Leaving Certificate Examination (including Day School Certificate (Higher) General paper), 1930
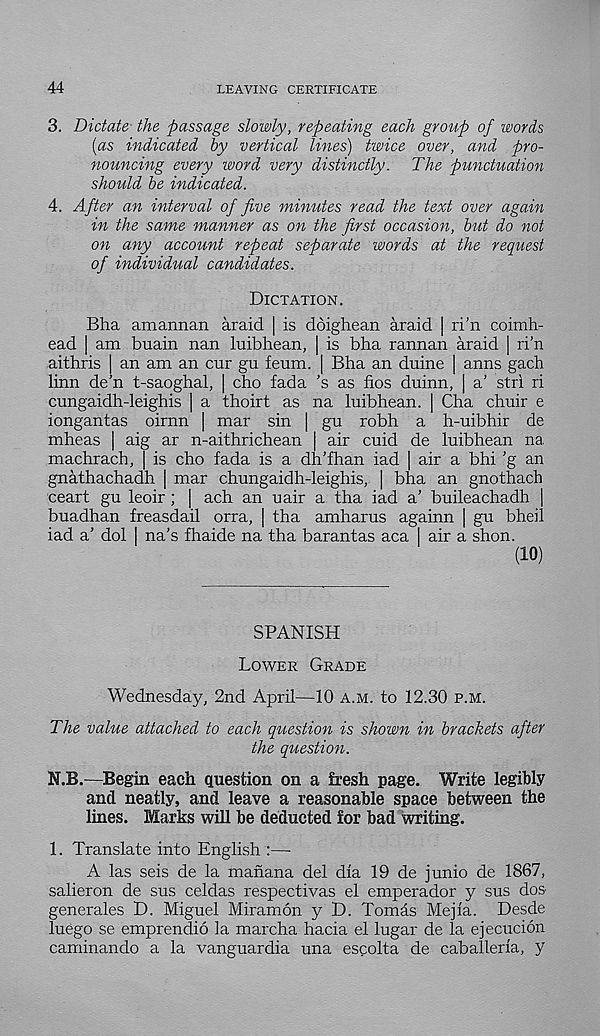
44
LEAVING CERTIFICATE
3. Dictate the passage slowly, repeating each group of words
{as indicated by vertical lines) twice over, and pro-
nouncing every word very distinctly. The punctuation
should be indicated.
4. After an interval of five minutes read the text over again
in the same manner as on the first occasion, but do not
on any account repeat separate words at the request
of individual candidates.
Dictation.
Bha amannan araid | is doighean araid | ri’n coimh-
ead | am buain nan luibhean, | is bha rannan araid | ri’n
aithris | an am an cur gu feum. | Bha an duine | anns gach
linn de’n t-saoghal, | cho fada ’s as fios duinn, | a’ stri ri
cungaidh-leighis | a thoirt as na luibhean. | Cha chuir e
iongantas oirnn | mar sin | gu robh a h-uibhir de
mheas | aig ar n-aithrichean | air cuid de luibhean na
machrach, | is cho fada is a dh’fhan iad | air a bhi ’g an
gnathachadh | mar chungaidh-leighis, | bha an gnothach
ceart gu leoir ; | ach an uair a tha iad a’ buileachadh |
buadhan freasdail orra, | tha amharus againn | gu bheil
iad a’ dol | na’s fhaide na tha barantas aca I air a shon.
(10)
SPANISH
Lower Grade
Wednesday, 2nd April—10 a.m. to 12.30 p.m.
The value attached to each question is shown in brackets after
the question.
N.B.—Begin each question on a fresh page. Write legibly
and neatly, and leave a reasonable space between the
lines. Marks will be deducted for bad writing.
1. Translate into English :—
A las seis de la manana del dia 19 de junio de 1867,
salieron de sus celdas respectivas el emperador y sus dos
generales D. Miguel Miramon y D. Tomas Mejia. Desde
luego se emprendio la marcha hacia el lugar de la ejecucion
caminando a la vanguardia una escolta de caballeria, y